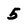
Character: 5